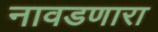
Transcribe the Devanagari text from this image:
नावडणारा